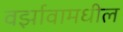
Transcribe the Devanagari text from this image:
वर्झावामधील